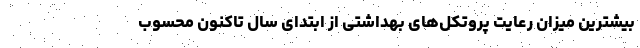
بیشترین میزان رعایت پروتکل‌های بهداشتی از ابتدای سال تاکنون محسوب